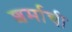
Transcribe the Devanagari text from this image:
शर्माची